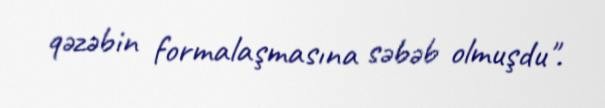
qəzəbin formalaşmasına səbəb olmuşdu".